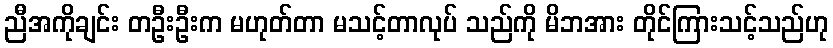
ညီအကိုချင်း တဦးဦးက မဟုတ်တာ မသင့်တာလုပ် သည်ကို မိဘအား တိုင်ကြားသင့်သည်ဟု